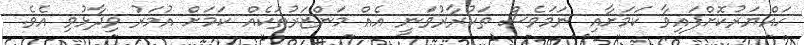
ހައްޔަރުކޮށްފައިވާ ކަމަށާއި ނަމަވެސް ތަކުރާރުވަނީ އެއް މަންޒަރުތަކެއް ކަމަށް އުމަރު ވިދާޅުވި އެވެ.